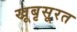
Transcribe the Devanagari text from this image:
खूबृसूरत